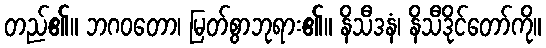
တည်၏။ ဘဂဝတော၊ မြတ်စွာဘုရား၏။ နိသီဒနံ၊ နိသီဒိုင်တော်ကို။